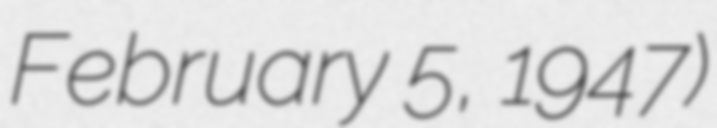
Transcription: February 5, 1947)